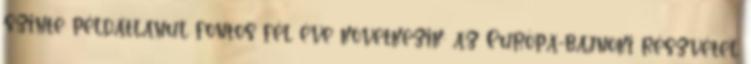
szinte példátlanul fontos fél éve következik: az Európa-bajnoki részvétel